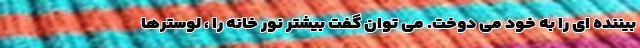
بیننده ای را به خود می دوخت. می توان گفت بیشتر نور خانه را ، لوسترها